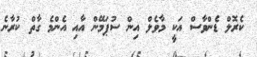
ކެރޮލް ޑެންވާސް އަކީ މާވެލް އިން ސުޕަމޭން އާއި އެންމެ ގާތް ކުރާނެ